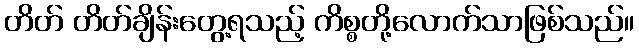
တိတ် တိတ်ချိန်းတွေ့ရသည့် ကိစ္စတို့လောက်သာဖြစ်သည်။